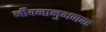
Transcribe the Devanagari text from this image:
जीवनानुभवावर